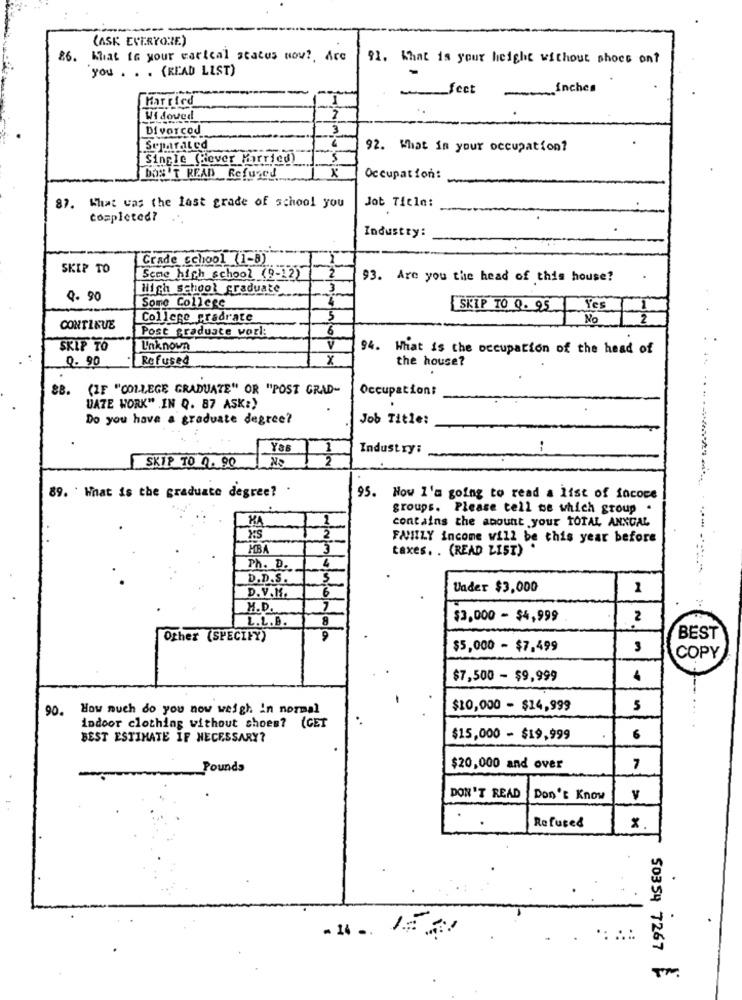
(ASK EVERYONE)
86. What is your carical status now ?. Are
91. What is your height without shoes on?
you . . . (READ LIST)
fect
inches
Married
Wi doved
Divorced
3
Separated
92. What in your occupation?
Single (Hever Married)
DON'T READ Refused
Occupation:
Job Title:
87. What was the last grade of school you
completed?
Industry:
Grade school (1-8)
1
SKIP TO
Seme high school (9-12)
2
93. Are you the head of this house?
High school graduate
3
Q. 90
Some College
4
SKIP TO 9. 95
Yes
College pradrate
5
No
CONTINUE
Post graduate worl:
6
SKIP TO
Unknown
94. What is the occupation of the head of
0. 90
Refused
x
the house?
88. (IF "COLLEGE GRADUATE" OR "POST GRAD-
Occupation:
DATE WORK" .IN Q. 87 ASK:)
Do you have a graduate degree?
Job Title:
Yas
Industry:
--
1
SKIP TO 0. 90
89. ' What is the graduate degree? .
95. Now I'm going to read a list of fococe
groups. Please tell me which group .
KA
contains the amount your TOTAL ANNUAL
2
FAMILY income will be this year before
MBA
3
taxes. . (READ LIST)
Ph. D.
D.D.S.
Vader $3,000
1
D. V.M.
6
H.D.
7
L.L. B.
8
$3,000 - $4,999
2
Other (SPECIFY)
9
BEST
$5,000 - $7,499
3
COPY
$7,500 - $9,999
1 --
90.
How much do you now weigh in normal
$10,000 - $14,999
5
indoor clothing without shoes? (CET
BEST ESTIMATE IF NECESSARY?
$15,000 - $19,999
6
Pounds
$20,000 and over
7
DON'T READ
Don't Know
v
Refuse&
.
- 14 -
50354 7267